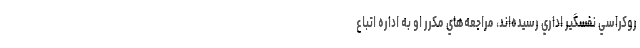
روكراسي نفسگير اداري رسيده‌اند، مراجعه‌هاي مكرر او به اداره اتباع